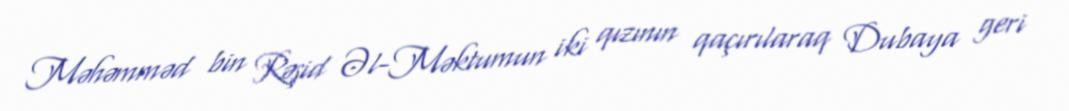
Məhəmməd bin Rəşid Əl-Məktumun iki qızının qaçırılaraq Dubaya geri